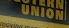
union